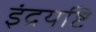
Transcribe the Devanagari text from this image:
इंद्रयष्टि